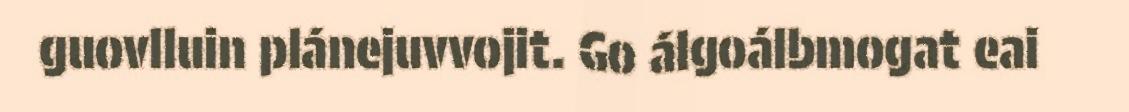
guovlluin plánejuvvojit. Go álgoálbmogat eai